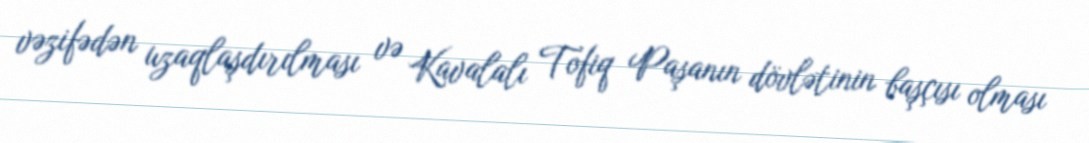
vəzifədən uzaqlaşdırılması və Kavalalı Tofiq Paşanın dövlətinin başçısı olması